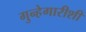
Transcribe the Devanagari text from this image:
गुन्हेगारीशी